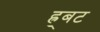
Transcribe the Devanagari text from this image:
ह्र्बट